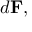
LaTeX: d \mathbf { F } ,